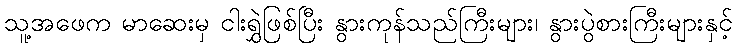
သူ့အဖေက မာဆေးမှ ငါးရွှဲဖြစ်ပြီး နွားကုန်သည်ကြီးများ၊ နွားပွဲစားကြီးများနှင့်